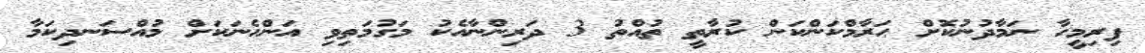
ފިރިމީހާ ނަމާދުނުކޮށް ޙަރާމްކަންކަން ކުރާތީ ތުއްތު 3 ދަރިންނާއެކު މަގުމަތިވި އަންހެނަކަށް މުއްސަނދިކަމާ